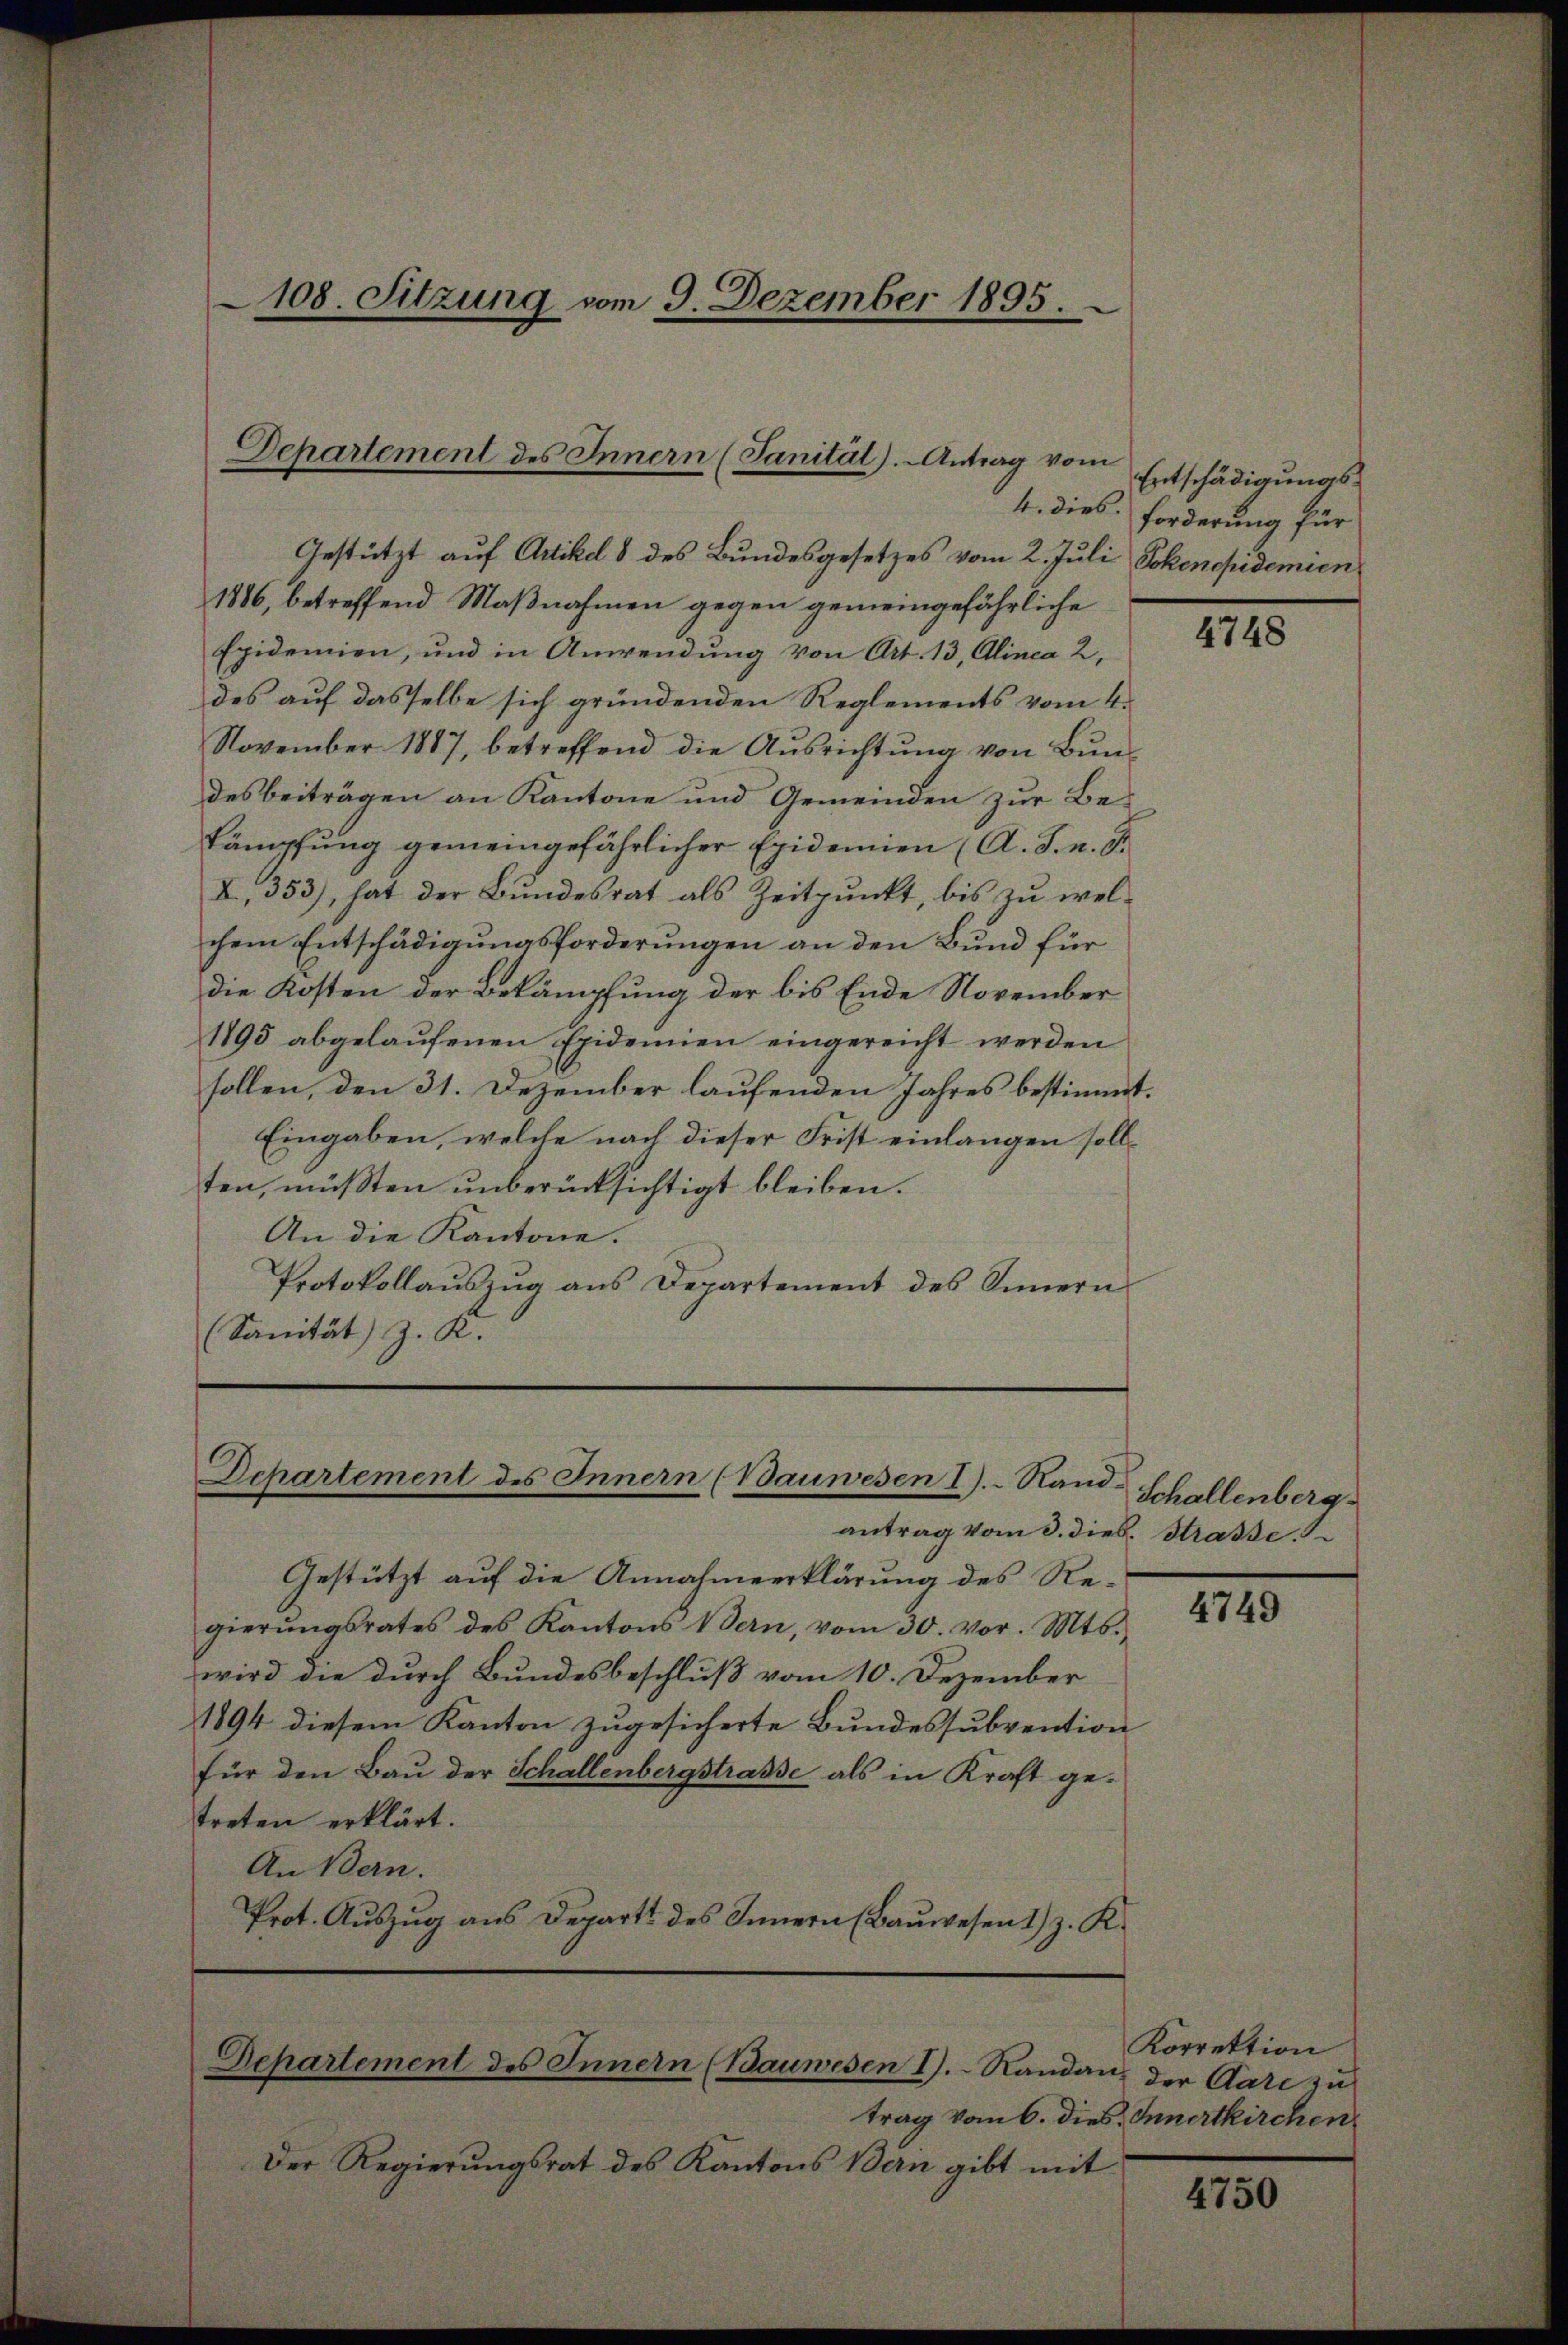
108. Sitzung vom 9. Dezember 1895.

Departement des Innern (Sanität). Antrag vom

Gestützt auf Artikel 8 des Bundesgesetzes vom 2. Juli Pokenepidemien
1886, betreffend Maßnahmen gegen gemeingefährliche
Epidemien, und in Anwendung von Art. 13, Alinea 2.
des auf dasselbe sich gründenden Reglements vom 4.
November 1887, betreffend die Aŭsrichtŭng von Bundesbeiträgen an Kantone und Gemeinden zur Bekämpfung gemeingefährlicher Epidemien (A. F. u. S.
X, 353), hat der Bundesrat als Zeitpunkt, bis zu welchem Entschädigungsforderungen an den Bund für
die Kosten der Bekämpfung der bis Ende November
1795 abgelaŭfenen Epidemien eingereicht werden
sollen, den 31. Dezember laufenden Jahres bestimmt.
Eingaben, welche nach dieser Frist einlangen sollten, müßten unberücksichtigt bleiben.
An die Kantone.
Protokollaŭszŭg ans Departement des Sinnern
(Sanität) z. R.

Departement des Innern (Bauwesen I. Rand¬

Departement des Innern (Bauwesen I. Standan-

Entschädigungs¬
4. dies. Forderung für

Der Regierungsrat des Kantons Bern gibt mit

antrag vom 3. dieß. Strasse.
Gestützt auf die Annahmeerklärung des Regierŭngsrates des Kantons Bern, vom 30. vor. Mts.,
wird die durch Bundesbeschluß vom 10. Dezember
1894 diesem Kanton zugesicherte Bundessubvention
für den Bau der Schallenbergstrasse als in Kraft getreten erklärt.
An Bern.
Prot. Auszug aus Depart des Innern (Bauwesen 1) z. K.

4748

Schallenberg

4749

Korrektion
der Aare zu
trag vom 6. dies Innertkirchen

4750